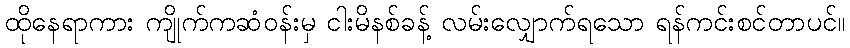
ထိုနေရာကား ကျိုက်ကဆံဝန်းမှ ငါးမိနစ်ခန့် လမ်းလျှောက်ရသော ရန်ကင်းစင်တာပင်။